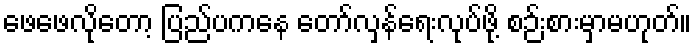
ဖေဖေလိုတော့ ပြည်ပကနေ တော်လှန်ရေးလုပ်ဖို့ စဉ်းစားမှာမဟုတ်။